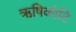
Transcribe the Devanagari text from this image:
ऋषिकोटि